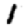
Digit: 1